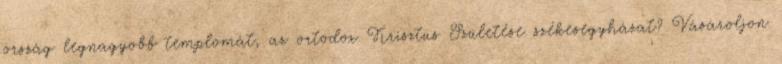
ország legnagyobb templomát, az ortodox Krisztus Születése székesegyházat? Vásároljon